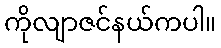
ကိုလျာဇင်နယ်ကပါ။